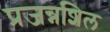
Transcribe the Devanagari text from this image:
प्रजन्नशिल